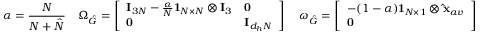
\alpha = \frac { N } { N + \hat { N } } \quad \Omega _ { \hat { G } } = \left[ \begin{array} { l l } { \mathbf { I } _ { 3 N } - \frac { \alpha } { N } \mathbf { 1 } _ { N \times N } \otimes \mathbf { I } _ { 3 } } & { \mathbf { 0 } } \\ { \mathbf { 0 } } & { \mathbf { I } _ { d _ { h } N } } \end{array} \right] \quad \omega _ { \hat { G } } = \left[ \begin{array} { l } { - ( 1 - \alpha ) \mathbf { 1 } _ { N \times 1 } \otimes \mathbf { \hat { x } } _ { a v } } \\ { \mathbf { 0 } } \end{array} \right]